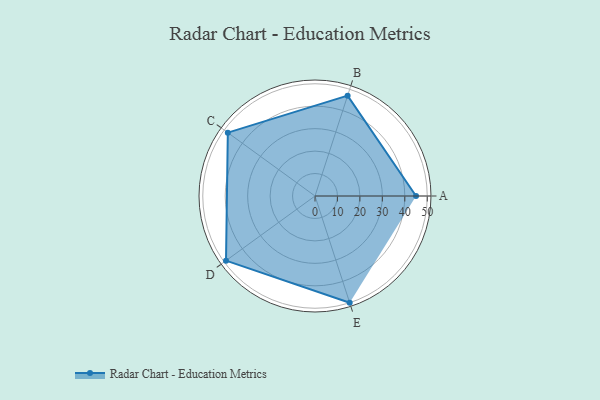
{"axis": {"x": "Skill", "y": "Score"}, "legend": ["Profile"], "data": [{"x": "A", "y": 45.0, "type": "Profile"}, {"x": "B", "y": 47.0, "type": "Profile"}, {"x": "C", "y": 48.0, "type": "Profile"}, {"x": "D", "y": 49.0, "type": "Profile"}, {"x": "E", "y": 50.0, "type": "Profile"}]}